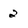
Character: 2